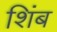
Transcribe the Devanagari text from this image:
शिंब